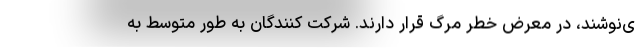
ی‌نوشند، در معرض خطر مرگ قرار دارند. شرکت کنندگان به طور متوسط به